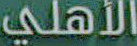
الأهلي